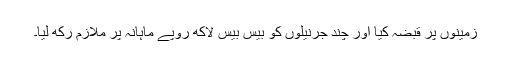
زمینوں پر قبضہ کیا اور چند جرنیلوں کو بیس بیس لاکھ روپے ماہانہ پر ملازم رکھ لیا۔